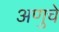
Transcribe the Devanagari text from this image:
अणुचे